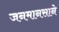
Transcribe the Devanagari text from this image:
जनमानसाने